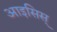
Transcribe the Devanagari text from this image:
आइसिस्